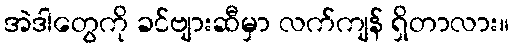
အဲဒါတွေကို ခင်ဗျားဆီမှာ လက်ကျန် ရှိတာလား။